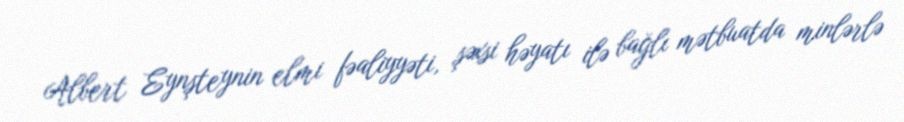
Albert Eynşteynin elmi fəaliyyəti, şəxsi həyatı ilə bağlı mətbuatda minlərlə